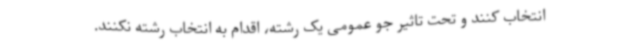
انتخاب کنند و تحت تاثیر جو عمومی یک رشته، اقدام به انتخاب رشته نکنند.